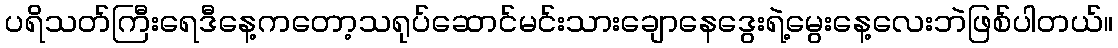
ပရိသတ်ကြီးရေဒီနေ့ကတော့သရုပ်ဆောင်မင်းသားချောနေဒွေးရဲ့မွေးနေ့လေးဘဲဖြစ်ပါတယ်။